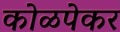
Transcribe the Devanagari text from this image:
कोळपेकर